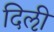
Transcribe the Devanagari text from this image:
दिऌी